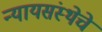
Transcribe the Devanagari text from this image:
न्यायसंस्थेचे